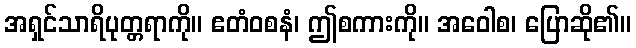
အရှင်သာရိပုတ္တရာကို။ ဧတံဝစနံ၊ ဤစကားကို။ အဝေါစ၊ ပြောဆို၏။